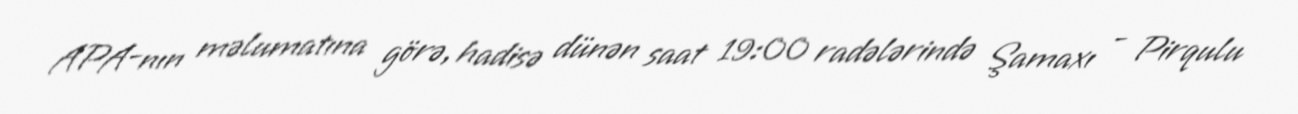
APA-nın məlumatına görə, hadisə dünən saat 19:00 radələrində Şamaxı - Pirqulu